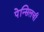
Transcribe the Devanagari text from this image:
पेन्सिलची